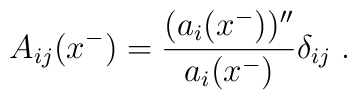
A_{ij}(x^-) = \frac{(a_i(x^-))''}{a_{i}(x^-)}\delta_{ij} \;.